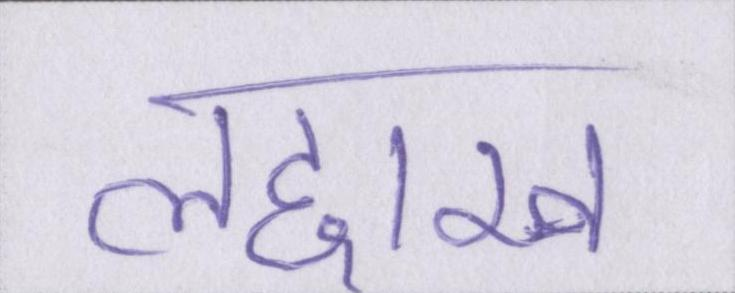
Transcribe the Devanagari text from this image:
लद्दाख